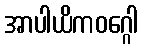
အာပါယိကဝဂ္ဂေါ